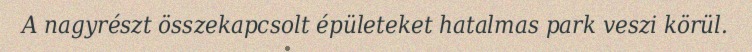
A nagyrészt összekapcsolt épületeket hatalmas park veszi körül.